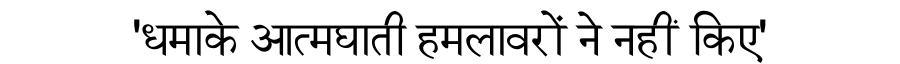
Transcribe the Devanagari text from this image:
'धमाके आत्मघाती हमलावरों ने नहीं किए'